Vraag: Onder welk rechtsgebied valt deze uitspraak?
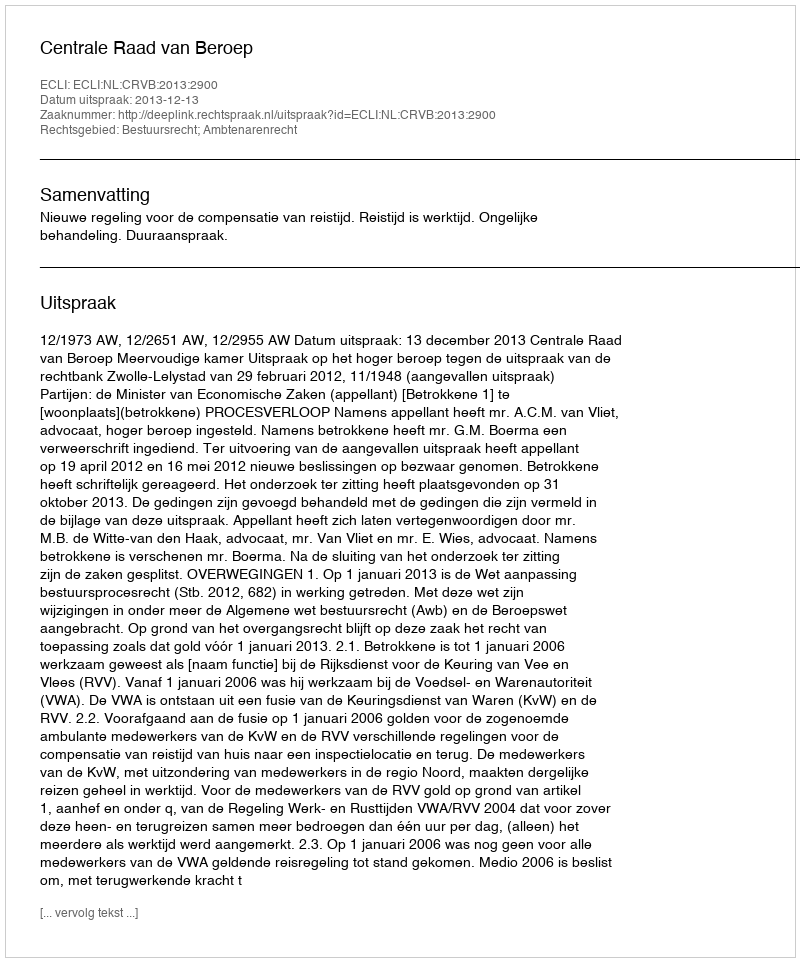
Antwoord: Bestuursrecht; Ambtenarenrecht